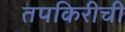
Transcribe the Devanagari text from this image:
तपकिरीची